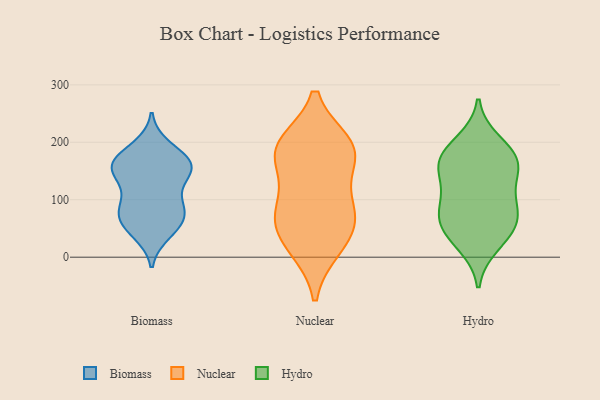
{"axis": {"x": "Humidity (%)", "y": "Value"}, "legend": ["Biomass", "Hydro", "Nuclear"], "data": [{"x": "", "y": 158, "type": "Biomass"}, {"x": "", "y": 139, "type": "Biomass"}, {"x": "", "y": 50, "type": "Biomass"}, {"x": "", "y": 80, "type": "Biomass"}, {"x": "", "y": 63, "type": "Biomass"}, {"x": "", "y": 175, "type": "Biomass"}, {"x": "", "y": 192, "type": "Biomass"}, {"x": "", "y": 96, "type": "Biomass"}, {"x": "", "y": 154, "type": "Biomass"}, {"x": "", "y": 63, "type": "Biomass"}, {"x": "", "y": 42, "type": "Biomass"}, {"x": "", "y": 83, "type": "Biomass"}, {"x": "", "y": 172, "type": "Biomass"}, {"x": "", "y": 157, "type": "Biomass"}, {"x": "", "y": 151, "type": "Biomass"}, {"x": "", "y": 151, "type": "Biomass"}, {"x": "", "y": 95, "type": "Biomass"}, {"x": "", "y": 92, "type": "Nuclear"}, {"x": "", "y": 185, "type": "Nuclear"}, {"x": "", "y": 62, "type": "Nuclear"}, {"x": "", "y": 187, "type": "Nuclear"}, {"x": "", "y": 17, "type": "Nuclear"}, {"x": "", "y": 162, "type": "Nuclear"}, {"x": "", "y": 65, "type": "Nuclear"}, {"x": "", "y": 192, "type": "Nuclear"}, {"x": "", "y": 23, "type": "Nuclear"}, {"x": "", "y": 196, "type": "Nuclear"}, {"x": "", "y": 87, "type": "Nuclear"}, {"x": "", "y": 90, "type": "Hydro"}, {"x": "", "y": 176, "type": "Hydro"}, {"x": "", "y": 165, "type": "Hydro"}, {"x": "", "y": 79, "type": "Hydro"}, {"x": "", "y": 170, "type": "Hydro"}, {"x": "", "y": 104, "type": "Hydro"}, {"x": "", "y": 142, "type": "Hydro"}, {"x": "", "y": 158, "type": "Hydro"}, {"x": "", "y": 50, "type": "Hydro"}, {"x": "", "y": 22, "type": "Hydro"}, {"x": "", "y": 44, "type": "Hydro"}, {"x": "", "y": 200, "type": "Hydro"}, {"x": "", "y": 65, "type": "Hydro"}]}